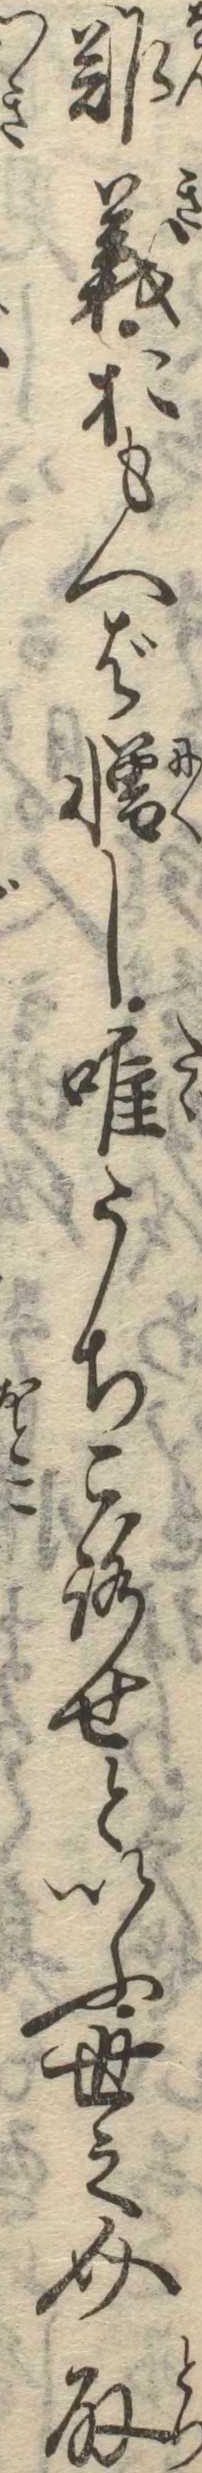
難義おもへば憎し唯うちころせといふ世之介取